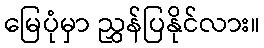
မြေပုံမှာ ညွှန်ပြနိုင်လား။